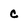
Character: c